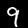
Label: 9